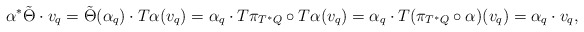
\begin{align*}\alpha^*\tilde \Theta \cdot v_q = \tilde \Theta(\alpha_q) \cdot T\alpha(v_q) = \alpha_q \cdot T\pi_{T^*Q} \circ T\alpha(v_q) = \alpha_q \cdot T(\pi_{T^*Q} \circ \alpha)(v_q) = \alpha_q \cdot v_q,\end{align*}